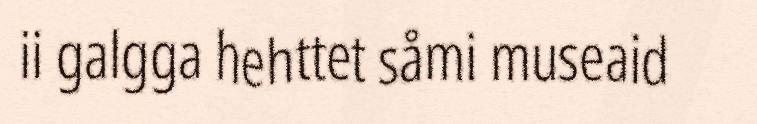
ii galgga hehttet såmi museaid